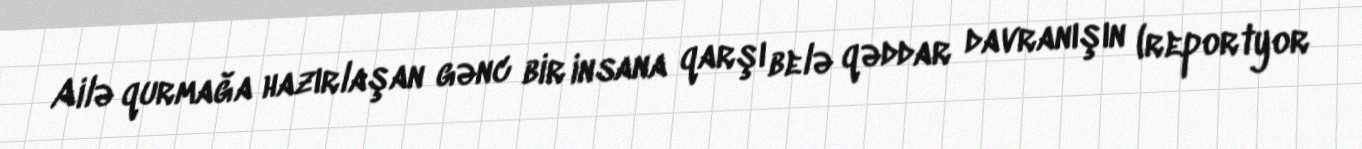
Ailə qurmağa hazırlaşan gənc bir insana qarşı belə qəddar davranışın (reportyor